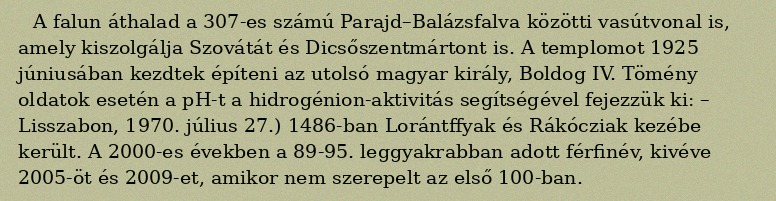
A falun áthalad a 307-es számú Parajd–Balázsfalva közötti vasútvonal is, amely kiszolgálja Szovátát és Dicsőszentmártont is. A templomot 1925 júniusában kezdtek építeni az utolsó magyar király, Boldog IV. Tömény oldatok esetén a pH-t a hidrogénion-aktivitás segítségével fejezzük ki: – Lisszabon, 1970. július 27.) 1486-ban Lorántffyak és Rákócziak kezébe került. A 2000-es években a 89-95. leggyakrabban adott férfinév, kivéve 2005-öt és 2009-et, amikor nem szerepelt az első 100-ban.